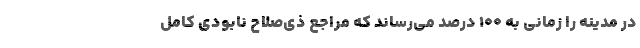
در مدینه را زمانی به ۱۰۰ درصد می‌رساند که مراجع ذی‌صلاح نابودی کامل